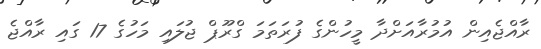
ރާއްޖެއިން އުމުރާއަށްދާ މީހުންގެ ފުރަތަމަ ގްރޫޕް ޖުލައި މަހުގެ 17 ގައި ރާއްޖެ